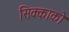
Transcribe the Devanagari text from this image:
सिक्काको